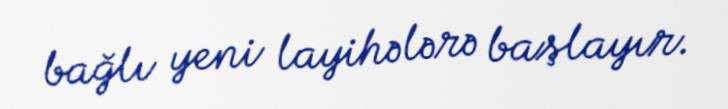
bağlı yeni layihələrə başlayır.